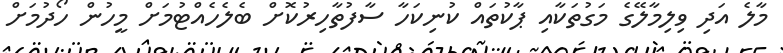
މާލެ އަދި ވިލިމާލޭގެ މަގުތަކާއި ޕާކުތައް ކުނިކަހާ ސާފުތާހިރުކޮށް ބެލެހެއްޓުމަށް މީހުން ހޯދުމަށް